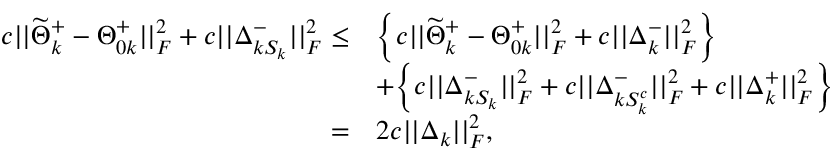
\begin{array} { r l } { c | | \widetilde { \Theta } _ { k } ^ { + } - \Theta _ { 0 k } ^ { + } | | _ { F } ^ { 2 } + c | | \Delta _ { k S _ { k } } ^ { - } | | _ { F } ^ { 2 } \leq } & { \Big \{ c | | \widetilde { \Theta } _ { k } ^ { + } - \Theta _ { 0 k } ^ { + } | | _ { F } ^ { 2 } + c | | \Delta _ { k } ^ { - } | | _ { F } ^ { 2 } \Big \} } \\ & { + \Big \{ c | | \Delta _ { k S _ { k } } ^ { - } | | _ { F } ^ { 2 } + c | | \Delta _ { k S _ { k } ^ { c } } ^ { - } | | _ { F } ^ { 2 } + c | | \Delta _ { k } ^ { + } | | _ { F } ^ { 2 } \Big \} } \\ { = } & { 2 c | | \Delta _ { k } | | _ { F } ^ { 2 } , } \end{array}